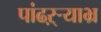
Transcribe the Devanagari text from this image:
पांढऱ्र्‍याभ्र